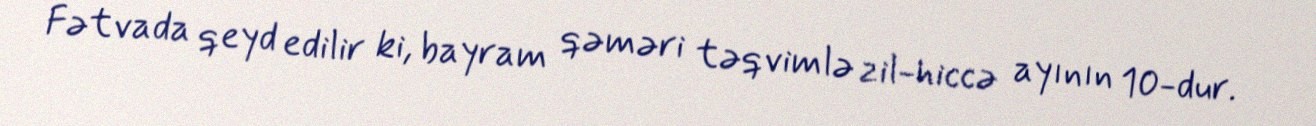
Fətvada qeyd edilir ki, bayram qəməri təqvimlə zil-hiccə ayının 10-dur.